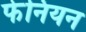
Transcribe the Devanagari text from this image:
फेनियन